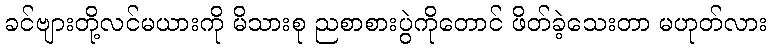
ခင်ဗျားတို့လင်မယားကို မိသားစု ညစာစားပွဲကိုတောင် ဖိတ်ခဲ့သေးတာ မဟုတ်လား